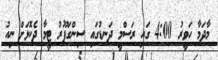
މާދަމާ ހަވީރު 4:00 ގައި ރަސްމީ ދަނޑުގައި ސިންގަޕޫރު ޓީމާ ދެކޮޅަށް ނިއު